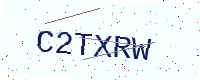
Text: C2TXRW